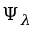
\Psi _ { \lambda }